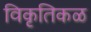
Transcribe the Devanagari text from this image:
विकृतिकळ